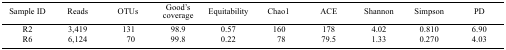
<table><thead><tr><td><b>Sample ID</b></td><td><b>Reads</b></td><td><b>OTUs</b></td><td><b>Good’s coverage</b></td><td><b>Equitability</b></td><td><b>Chao1</b></td><td><b>ACE</b></td><td><b>Shannon</b></td><td><b>Simpson</b></td><td><b>PD</b></td></tr></thead><tbody><tr><td>R2</td><td>3,419</td><td>131</td><td>98.9</td><td>0.57</td><td>160</td><td>178</td><td>4.02</td><td>0.810</td><td>6.90</td></tr><tr><td>R6</td><td>6,124</td><td>70</td><td>99.8</td><td>0.22</td><td>78</td><td>79.5</td><td>1.33</td><td>0.270</td><td>4.03</td></tr></tbody></table>